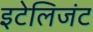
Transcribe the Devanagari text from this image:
इटेलिजंट